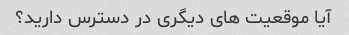
آیا موقعیت های دیگری در دسترس دارید؟